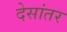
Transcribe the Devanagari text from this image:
देसांतर